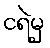
ငရဲမှ